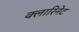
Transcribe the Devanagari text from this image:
क्लारिनेट